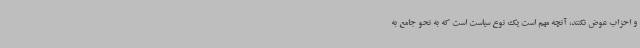
و احزاب عوض نکنند، آنچه مهم است یک نوع سیاست است که به نحو جامع به